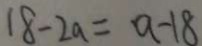
1 8 - 2 a = a - 1 8